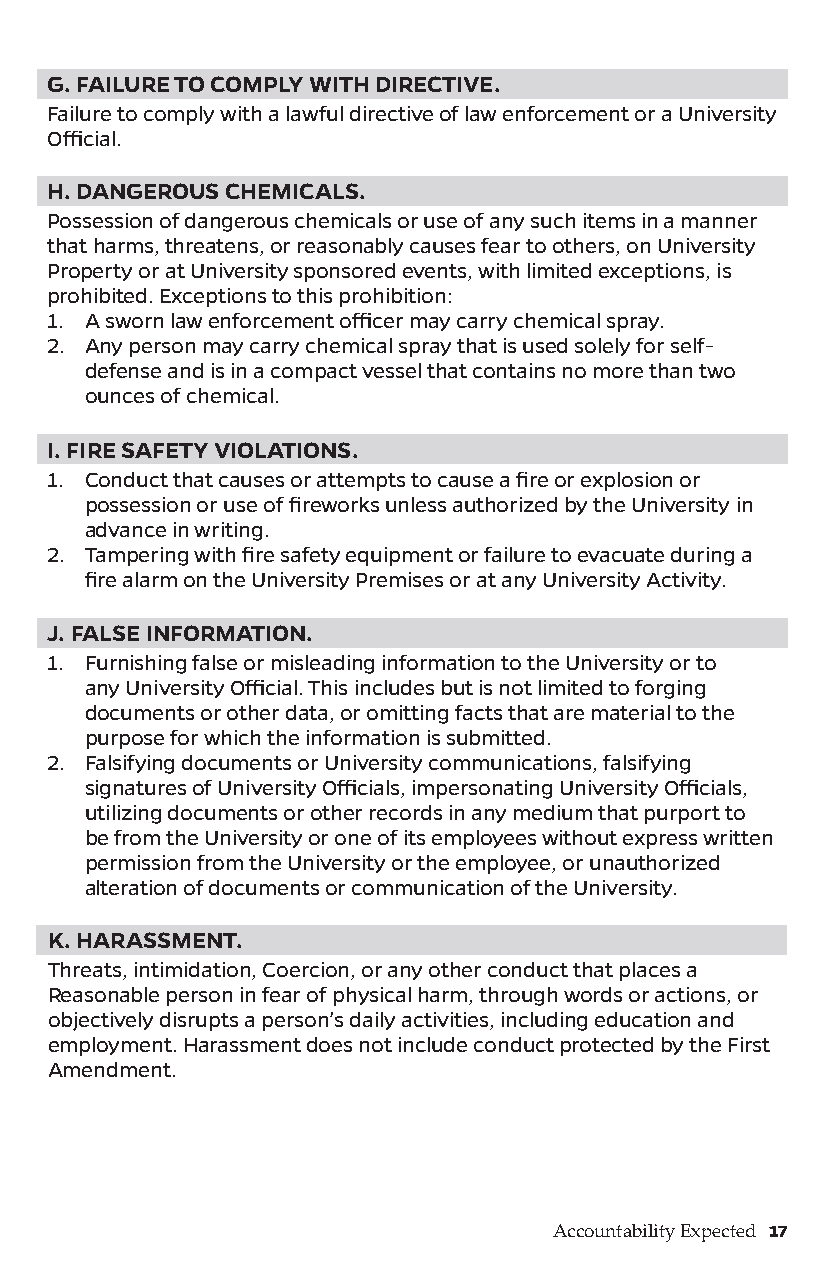
G. FAILURE TO COMPLY WITH DIRECTIVE.
 Failure to comply with a lawful directive of law enforcement or a University
 Official.
 H. DANGEROUS CHEMICALS.
 Possession of dangerous chemicals or use of any such items in a manner
 that harms, threatens, or reasonably causes fear to others, on University
 Property or at University sponsored events, with limited exceptions, is
 prohibited. Exceptions to this prohibition:
 1. A sworn law enforcement officer may carry chemical spray.
 2. Any person may carry chemical spray that is used solely for self-
 defense and is in a compact vessel that contains no more than two
 ounces of chemical.
 I. FIRE SAFETY VIOLATIONS.
 1. Conduct that causes or attempts to cause a fire or explosion or
 possession or use of fireworks unless authorized by the University in
 advance in writing.
 2. Tampering with fire safety equipment or failure to evacuate during a
 fire alarm on the University Premises or at any University Activity.
 J. FALSE INFORMATION.
 1. Furnishing false or misleading information to the University or to
 any University Official. This includes but is not limited to forging
 documents or other data, or omitting facts that are material to the
 purpose for which the information is submitted.
 2. Falsifying documents or University communications, falsifying
 signatures of University Officials, impersonating University Officials,
 utilizing documents or other records in any medium that purport to
 be from the University or one of its employees without express written
 permission from the University or the employee, or unauthorized
 alteration of documents or communication of the University.
 K. HARASSMENT.
 Threats, intimidation, Coercion, or any other conduct that places a
 Reasonable person in fear of physical harm, through words or actions, or
 objectively disrupts a person’s daily activities, including education and
 employment. Harassment does not include conduct protected by the First
 Amendment.
 Accountability Expected 17